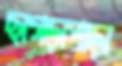
ছাগড়াপাড়া